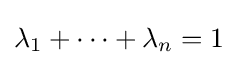
\lambda _{1}+\dots +\lambda _{n}=1